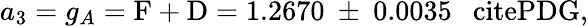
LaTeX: a_{3}=g_{A}=\mathrm{{F+D}=1.2670~\pm~0.0035~~\ cite{PDG},}